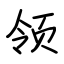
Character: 领